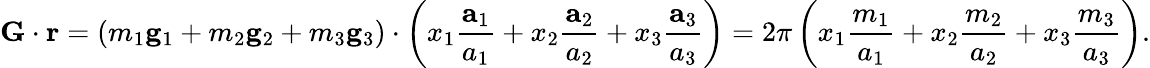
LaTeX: \mathbf{G}\cdot\mathbf{r}=\left(m_{1}\mathbf{g}_{1}+m_{2}\mathbf{g}_{2}+m_{3}\mathbf{g}_{3}\right)\cdot\left(x_{1}{\frac{\mathbf{a}_{1}}{a_{1}}}+x_{2}{\frac{\mathbf{a}_{2}}{a_{2}}}+x_{3}{\frac{\mathbf{a}_{3}}{a_{3}}}\right)=2\pi\left(x_{1}{\frac{m_{1}}{a_{1}}}+x_{2}{\frac{m_{2}}{a_{2}}}+x_{3}{\frac{m_{3}}{a_{3}}}\right).